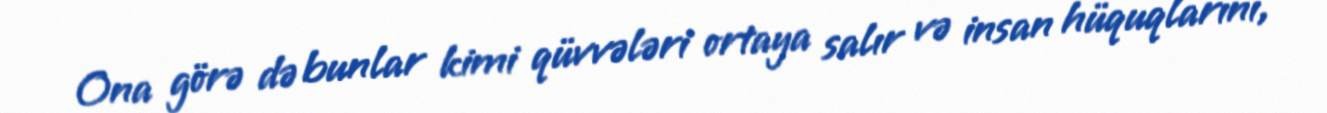
Ona görə də bunlar kimi qüvvələri ortaya salır və insan hüquqlarını,